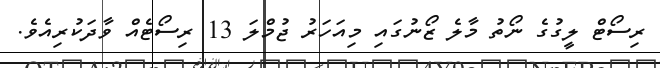
ރިސޯޓް ލީގުގެ ނޯތު މާލެ ޒޯނުގައި މިއަހަރު ޖުމްލަ 13 ރިސޯޓެއް ވާދަކުރިއެވެ.